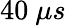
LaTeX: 40~\mu s